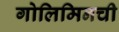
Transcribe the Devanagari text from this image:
गोलिमिनची